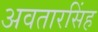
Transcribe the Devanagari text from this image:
अवतारसिंह